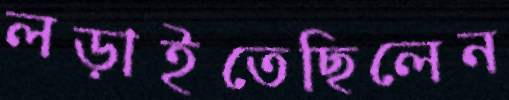
লড়াইতেছিলেন